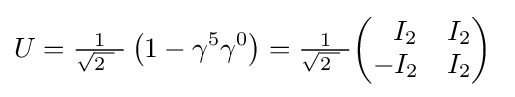
U={\tfrac {1}{{\sqrt {2\ }}\ }}\left(1-\gamma ^{5}\gamma ^{0}\right)={\tfrac {1}{{\sqrt {2\ }}\ }}{\begin{pmatrix}~~I_{2}&I_{2}\\-I_{2}&I_{2}\end{pmatrix}}~